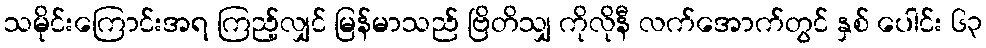
သမိုင်းကြောင်းအရ ကြည့်လျှင် မြန်မာသည် ဗြိတိသျှ ကိုလိုနီ လက်အောက်တွင် နှစ် ပေါင်း ၆၃